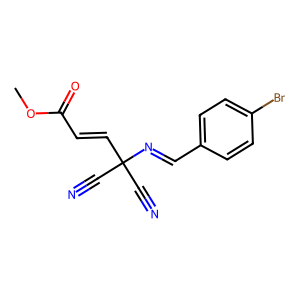
SMILES: COC(=O)C=CC(C#N)(C#N)N=Cc1ccc(Br)cc1
Inhibits HIV replication: No